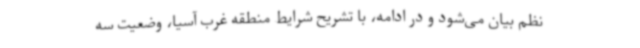
نظم بیان می‌شود و در ادامه، با تشریح شرایط منطقه غرب آسیا، وضعیت سه